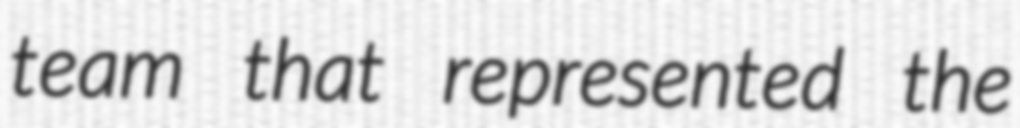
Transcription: team that represented the